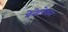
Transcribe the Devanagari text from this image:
पेनेटरेशन